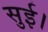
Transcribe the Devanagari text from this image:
सुई।